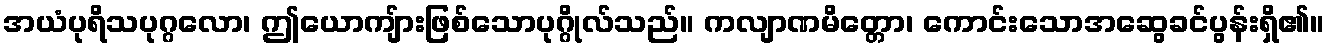
အယံပုရိသပုဂ္ဂလော၊ ဤယောကျ်ားဖြစ်သောပုဂ္ဂိုလ်သည်။ ကလျာဏမိတ္တော၊ ကောင်းသောအဆွေခင်ပွန်းရှိ၏။